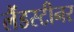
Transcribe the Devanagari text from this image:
लैंडस्टीनर